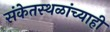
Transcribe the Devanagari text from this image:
संकेतस्थळांच्याही